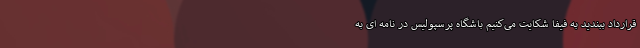
قرارداد ببندید به فیفا شکایت می‌کنیم باشگاه پرسپولیس در نامه ای به